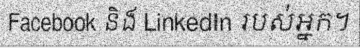
Facebook និង LinkedIn របស់អ្នក។